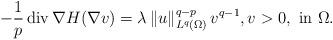
LaTeX: \begin{align*}-\frac{1}{p}\,\mathrm{div\,}\nabla H(\nabla v)=\lambda\,\|u\|_{L^q(\Omega)}^{q-p}\, v^{q-1},v> 0,\mbox{ in }\Omega.\end{align*}